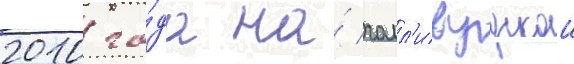
2010 го́да на́ голл'ивудскои